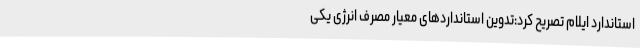
استاندارد ایلام تصریح کرد:تدوین استانداردهای معیار مصرف انرژی یکی